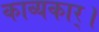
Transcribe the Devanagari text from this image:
काव्यकार्।